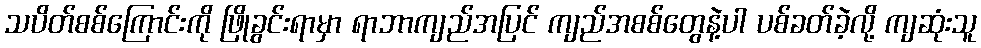
သပိတ်စစ်ကြောင်းကို ဖြိုခွင်းရာမှာ ရာဘာကျည်အပြင် ကျည်အစစ်တွေနဲ့ပါ ပစ်ခတ်ခဲ့လို့ ကျဆုံးသူ